King Institute of Preventive Medicine Micro-Biological Section reports 1909-11
Year: 1909
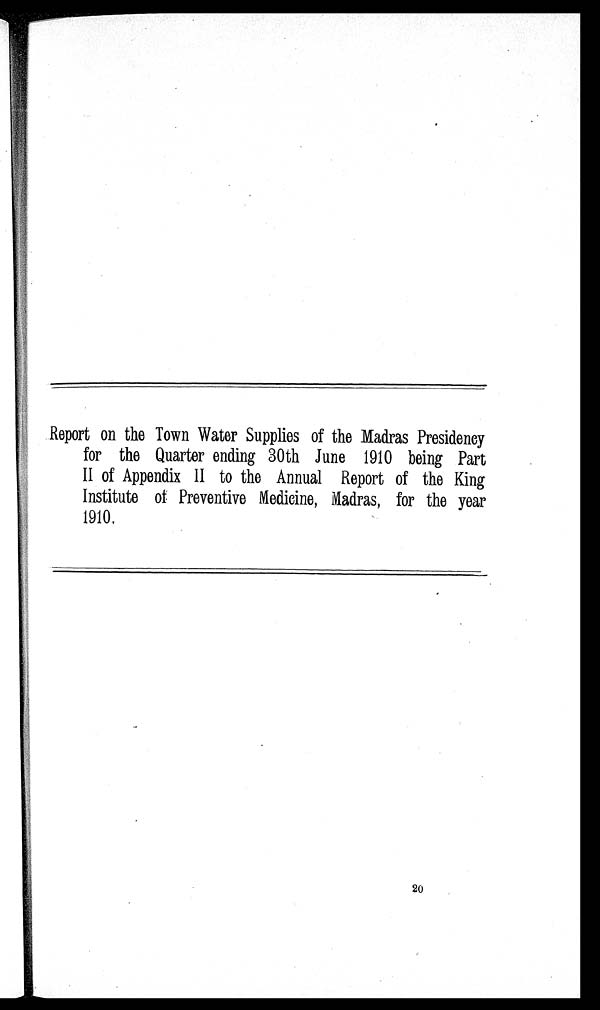
Report on the Town Water Supplies of the Madras Presidency
for the Quarter ending 30th June 1910 being Part
II of Appendix II to the Annual Report of the King
Institute of Preventive Medicine, Madras, for the year
1910.